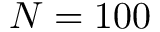
N = 1 0 0